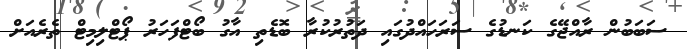
ސަބަބުން ރާއްޖޭގެ ކަނޑުގެ ސަރަހައްދުގައި ދަތުރުކުރާ ބޮޑެތި އާގު ބޯޓްފަހަރު ޕޯޓްލިމިޓް ތެރެއަށް